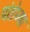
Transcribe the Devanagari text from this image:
पांडेच्या